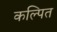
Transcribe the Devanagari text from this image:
कल्‍पित